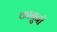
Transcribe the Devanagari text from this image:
कानुनी